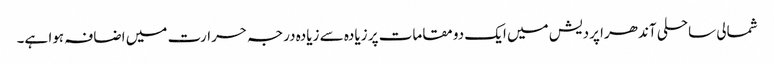
شمالی ساحلی آندھرا پردیش میں ایک دو مقامات پر زیادہ سے زیادہ درجہ حرارت میں اضافہ ہوا ہے۔